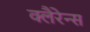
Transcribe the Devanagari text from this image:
क्लैरेन्स